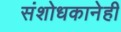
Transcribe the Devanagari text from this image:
संशोधकानेही